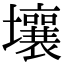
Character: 壤